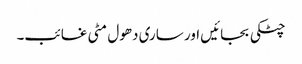
چٹکی بجائیں اور ساری دھول مٹی غائب۔